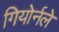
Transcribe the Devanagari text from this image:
गियोर्नले